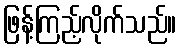
ဖြန့်ကြည့်လိုက်သည်။